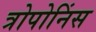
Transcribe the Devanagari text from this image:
त्रोपोनिंस